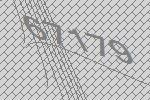
67179